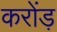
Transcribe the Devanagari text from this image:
करोंड़